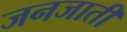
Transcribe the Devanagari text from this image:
जनजातीं